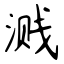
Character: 溅